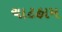
ચાટહામ